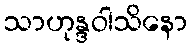
သာဟုန္ဒဝါသိနော